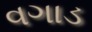
વગાડ